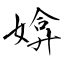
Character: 媕